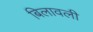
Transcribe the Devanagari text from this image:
बिलावली